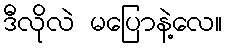
ဒီလိုလဲ မပြောနဲ့လေ။